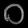
Digit: ၀